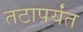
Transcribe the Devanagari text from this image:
तटापर्यंत